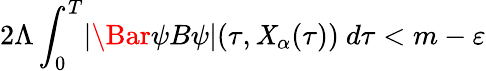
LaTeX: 2\Lambda\int_{0}^{T}\lvert\Bar{\psi}B\psi\rvert(\tau,\mathit{X}_{\alpha}(\tau))\ d\tau<m-\varepsilon